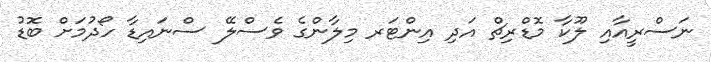
ނަސްރީއާއި ލޫކާ މޮޑްރިޗް އަދި އިންޓަރ މިލާންގެ ވެސްލޭ ސްނައިޑާ ހޯދުމަށް ބޮޑު